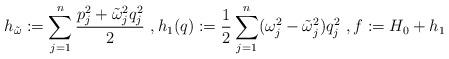
LaTeX: \begin{align*}h_{\tilde \omega}:=\sum_{j=1}^{n}\frac{p_j^2+\tilde \omega_j^2q_j^2}{2}\ , h_1(q):=\frac{1}{2}\sum_{j=1}^{n}(\omega_j^2-\tilde\omega_j^2)q_j^2\ ,f:=H_0+h_1\end{align*}